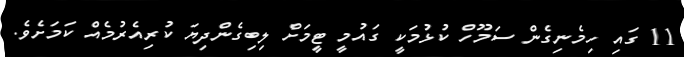
11 ގައި ހިމެނިގެން ސަމޫހް ކުޅުމަކީ ގައުމީ ޓީމަށް ލިބިގެންދިޔަ ކުރިއެރުމެއް ކަމަށެވެ.